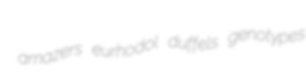
amazers eurhodol duffels genotypes